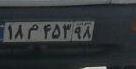
۱۸م۴۵۲۹۸